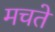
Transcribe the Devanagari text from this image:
मचते